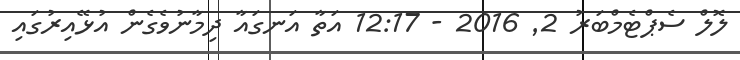
ލޮލް ސެޕްޓެމްބަރު 2